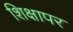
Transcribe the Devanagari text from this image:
शिक्षापर